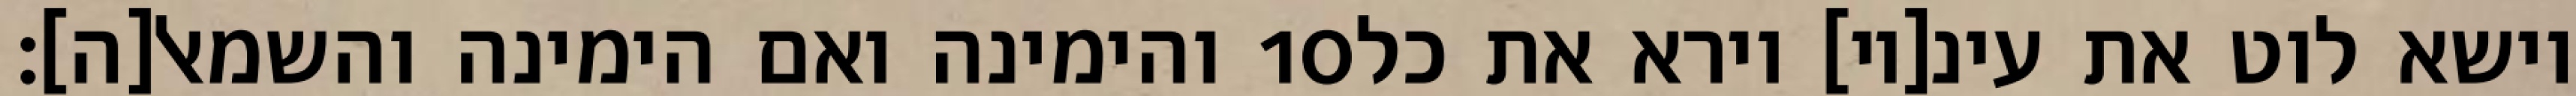
והימינה ואם הימינה והשמאל[ה]׃ ‎10‏ וישא לוט את עינ[יו] וירא את כל